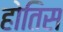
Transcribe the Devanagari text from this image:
होतिस